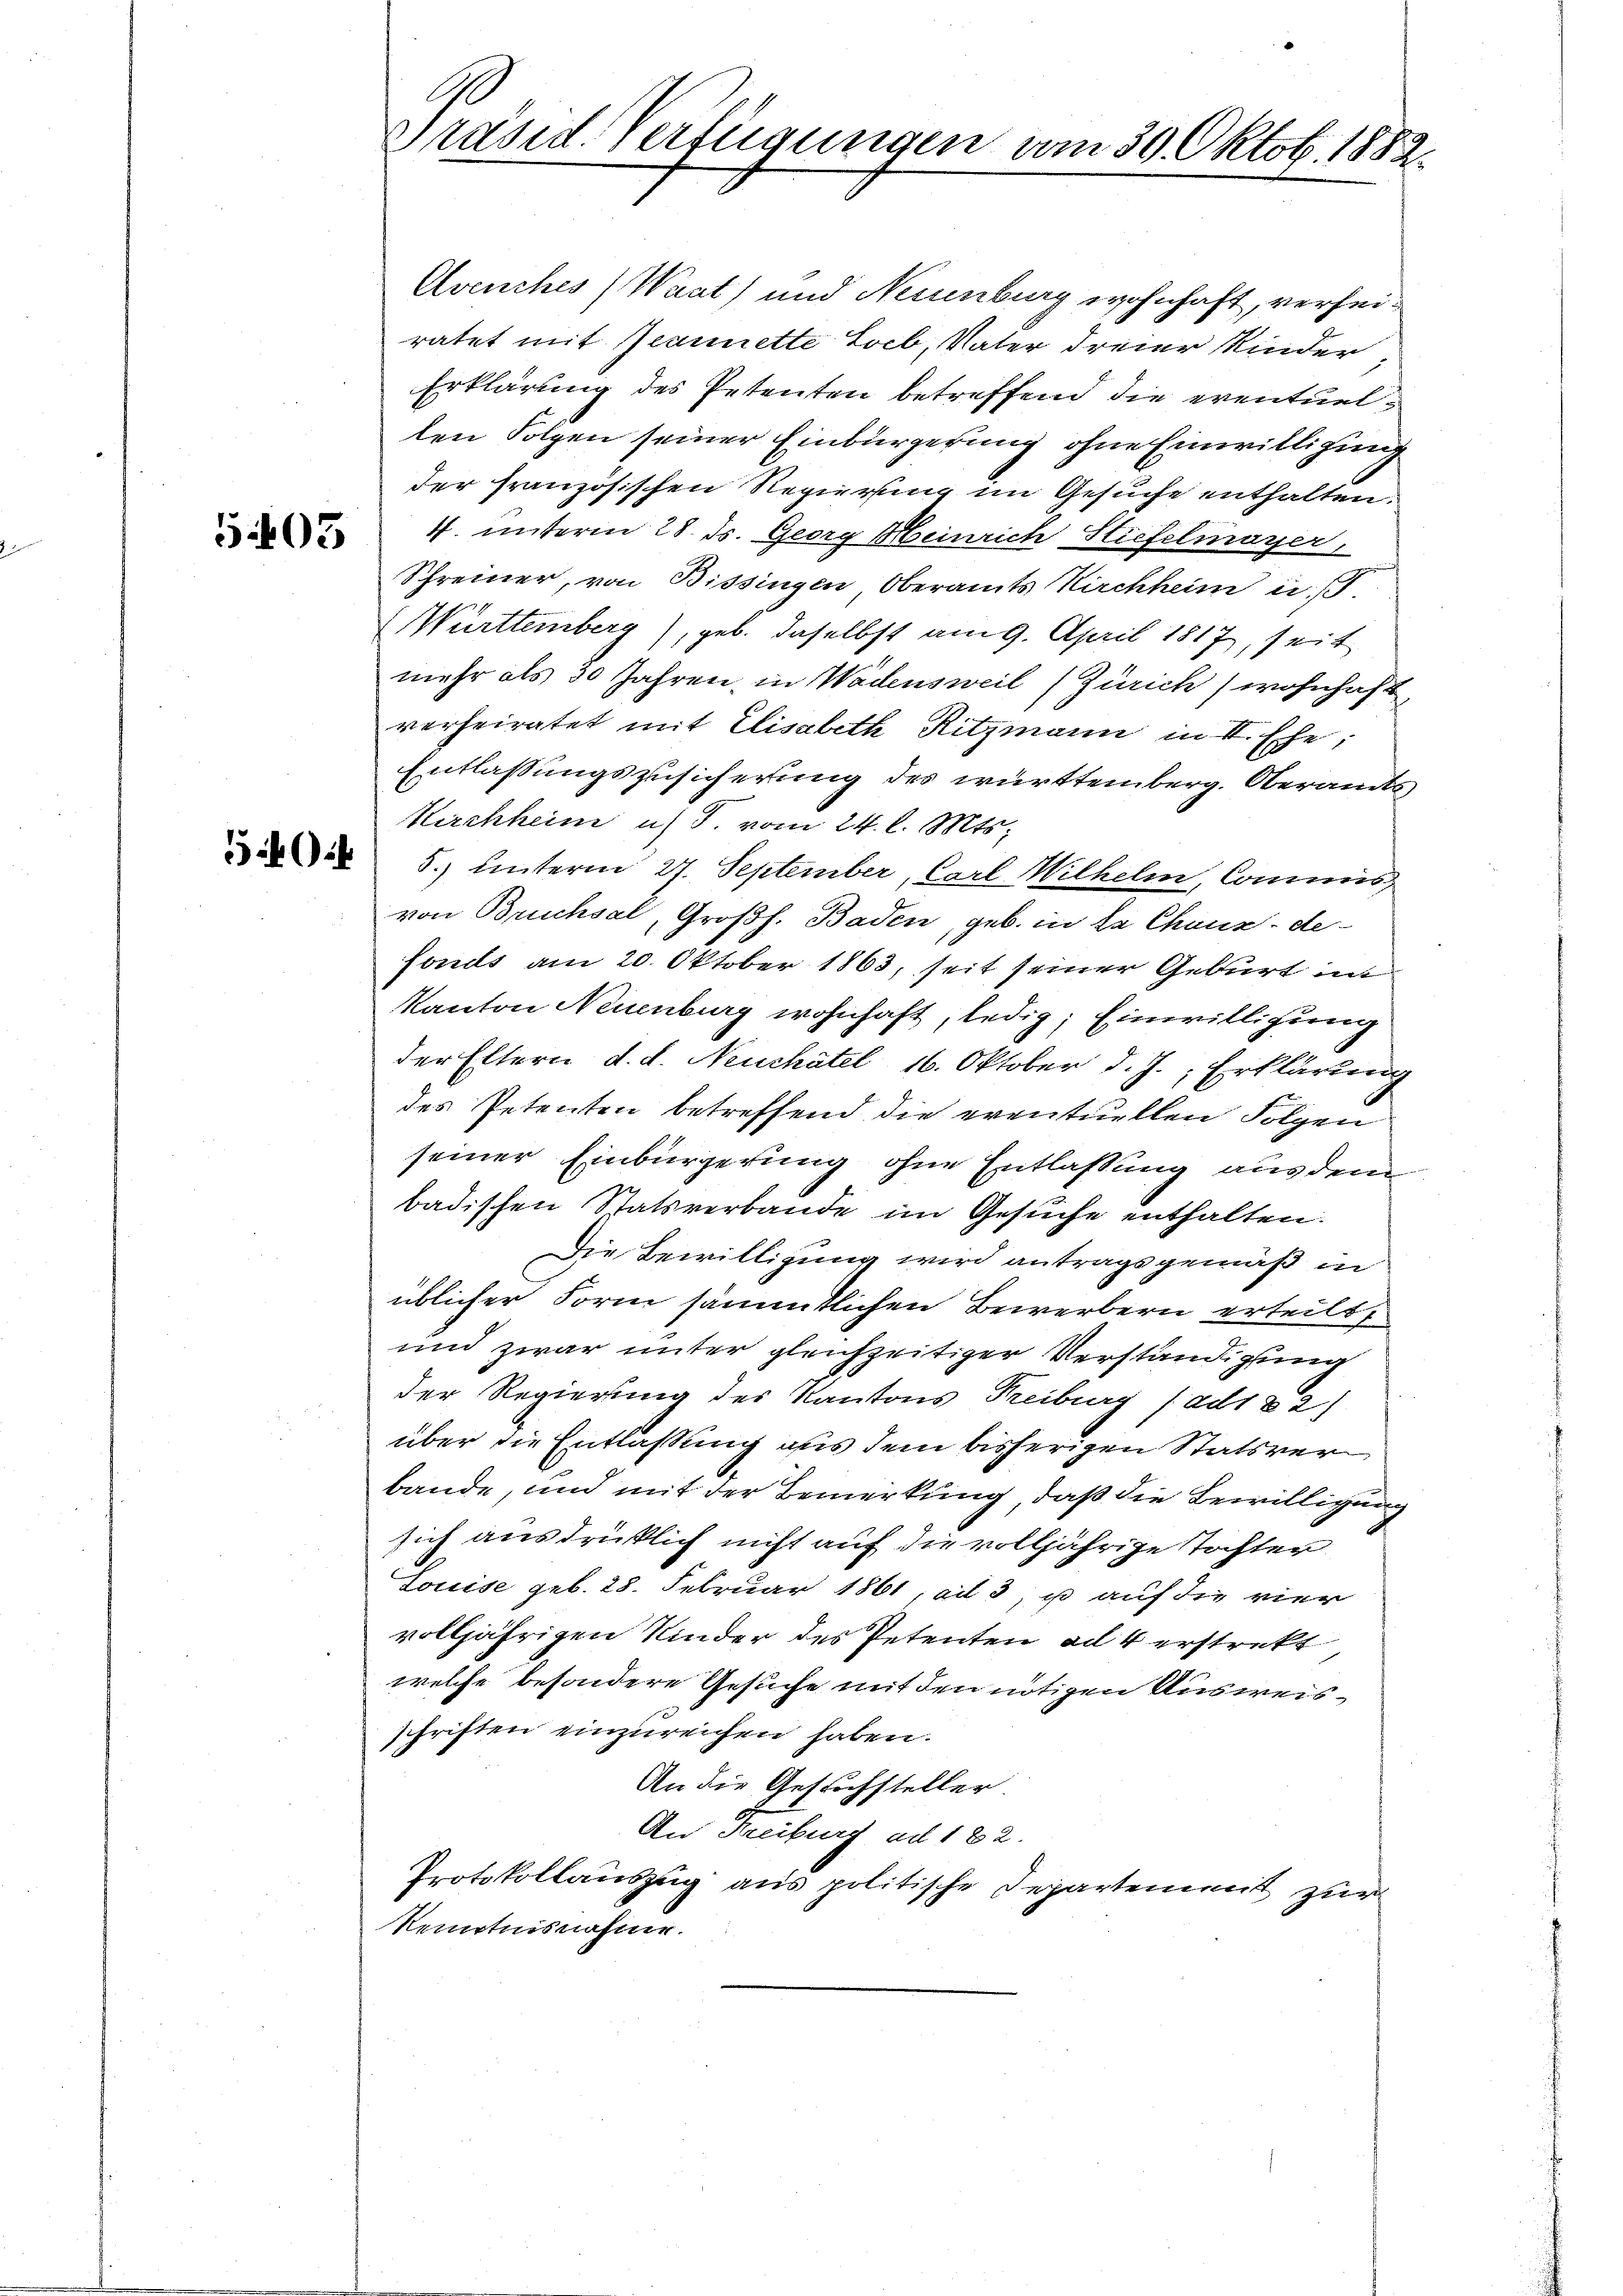
5403

Avenches (Waat) und Neuenburg wohnhaft, verseiratet mit Jeannette Socb, Vater dreier Kinder,
Erklärung des Petenten betreffend die eventuellen Folgen seiner Einbürgerung ohne Einwilligung
der französischen Regierung im Gesuche enthalten.
1. unterm 28. ds. Georg Heinrich Stiefelmayer,
Schreiner, von Bissingen Oberamts Kirchheim i
Württemberg), geb. daselbst am 9. April 1817, seit
mehr als 30 Jahren, in Wadensweil (Zürich) wohnhaft
verheiratet mit Elisabeth Ritzmann in II. Ehe;
Entlaßungszusicherung des württemberg. Oberamts
Kirchheim u. T. vom 24. l. Mts.
 5.) Unterm 27. September, Carl Wilhelm, Commisvon Bruchsal, Großh. Baden, geb. in da Chaux-de-
fonds am 20. Oktober 1863, seit seiner Geburt int
Kanton Neuenburg wohnhaft, ledig; Einwilligung
der Eltern d. d. Neuchâtel 16. Oktober d. J., Erklärung
des Petenten betreffend die eventuellen Folgen
seiner Einbürgerung ohne Entlassung aus dem
badischen Statsverbande im Gesuche enthalten.
Die Bewilligung wird antragsgemäß in
üblicher Form sämmtlichen Bewerbern erteilt,
und zwar unter gleichzeitiger Verständigung
der Regierung des Kantons Freiburg (ad182)
über die Entlassung aus dem bisherigen Statsverbande, und mit der Bemerkung, daß die Bewilligung
sich ausdrücklich nicht auf die volljährige Tochter
Louise geb. 28. Februar 1861, ad 3, u auf die vier
volljährigen Kinder des Petenten ad 4 erstrekt
welche besondere Gesuche mit den nötigen Ausweisschriften einzureichen haben.
An die Gesuchsteller.
An Freiburg ad 182.
Protokollauszug aus politische Departement zur
Kenntnisnahme.

A
Präsid. Verfügungen vom 30. Oktob. 1882.